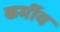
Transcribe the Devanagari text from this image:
कर्मीय